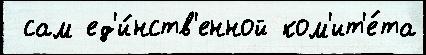
 сам ед'и́нств'енной ком'ит'е́та